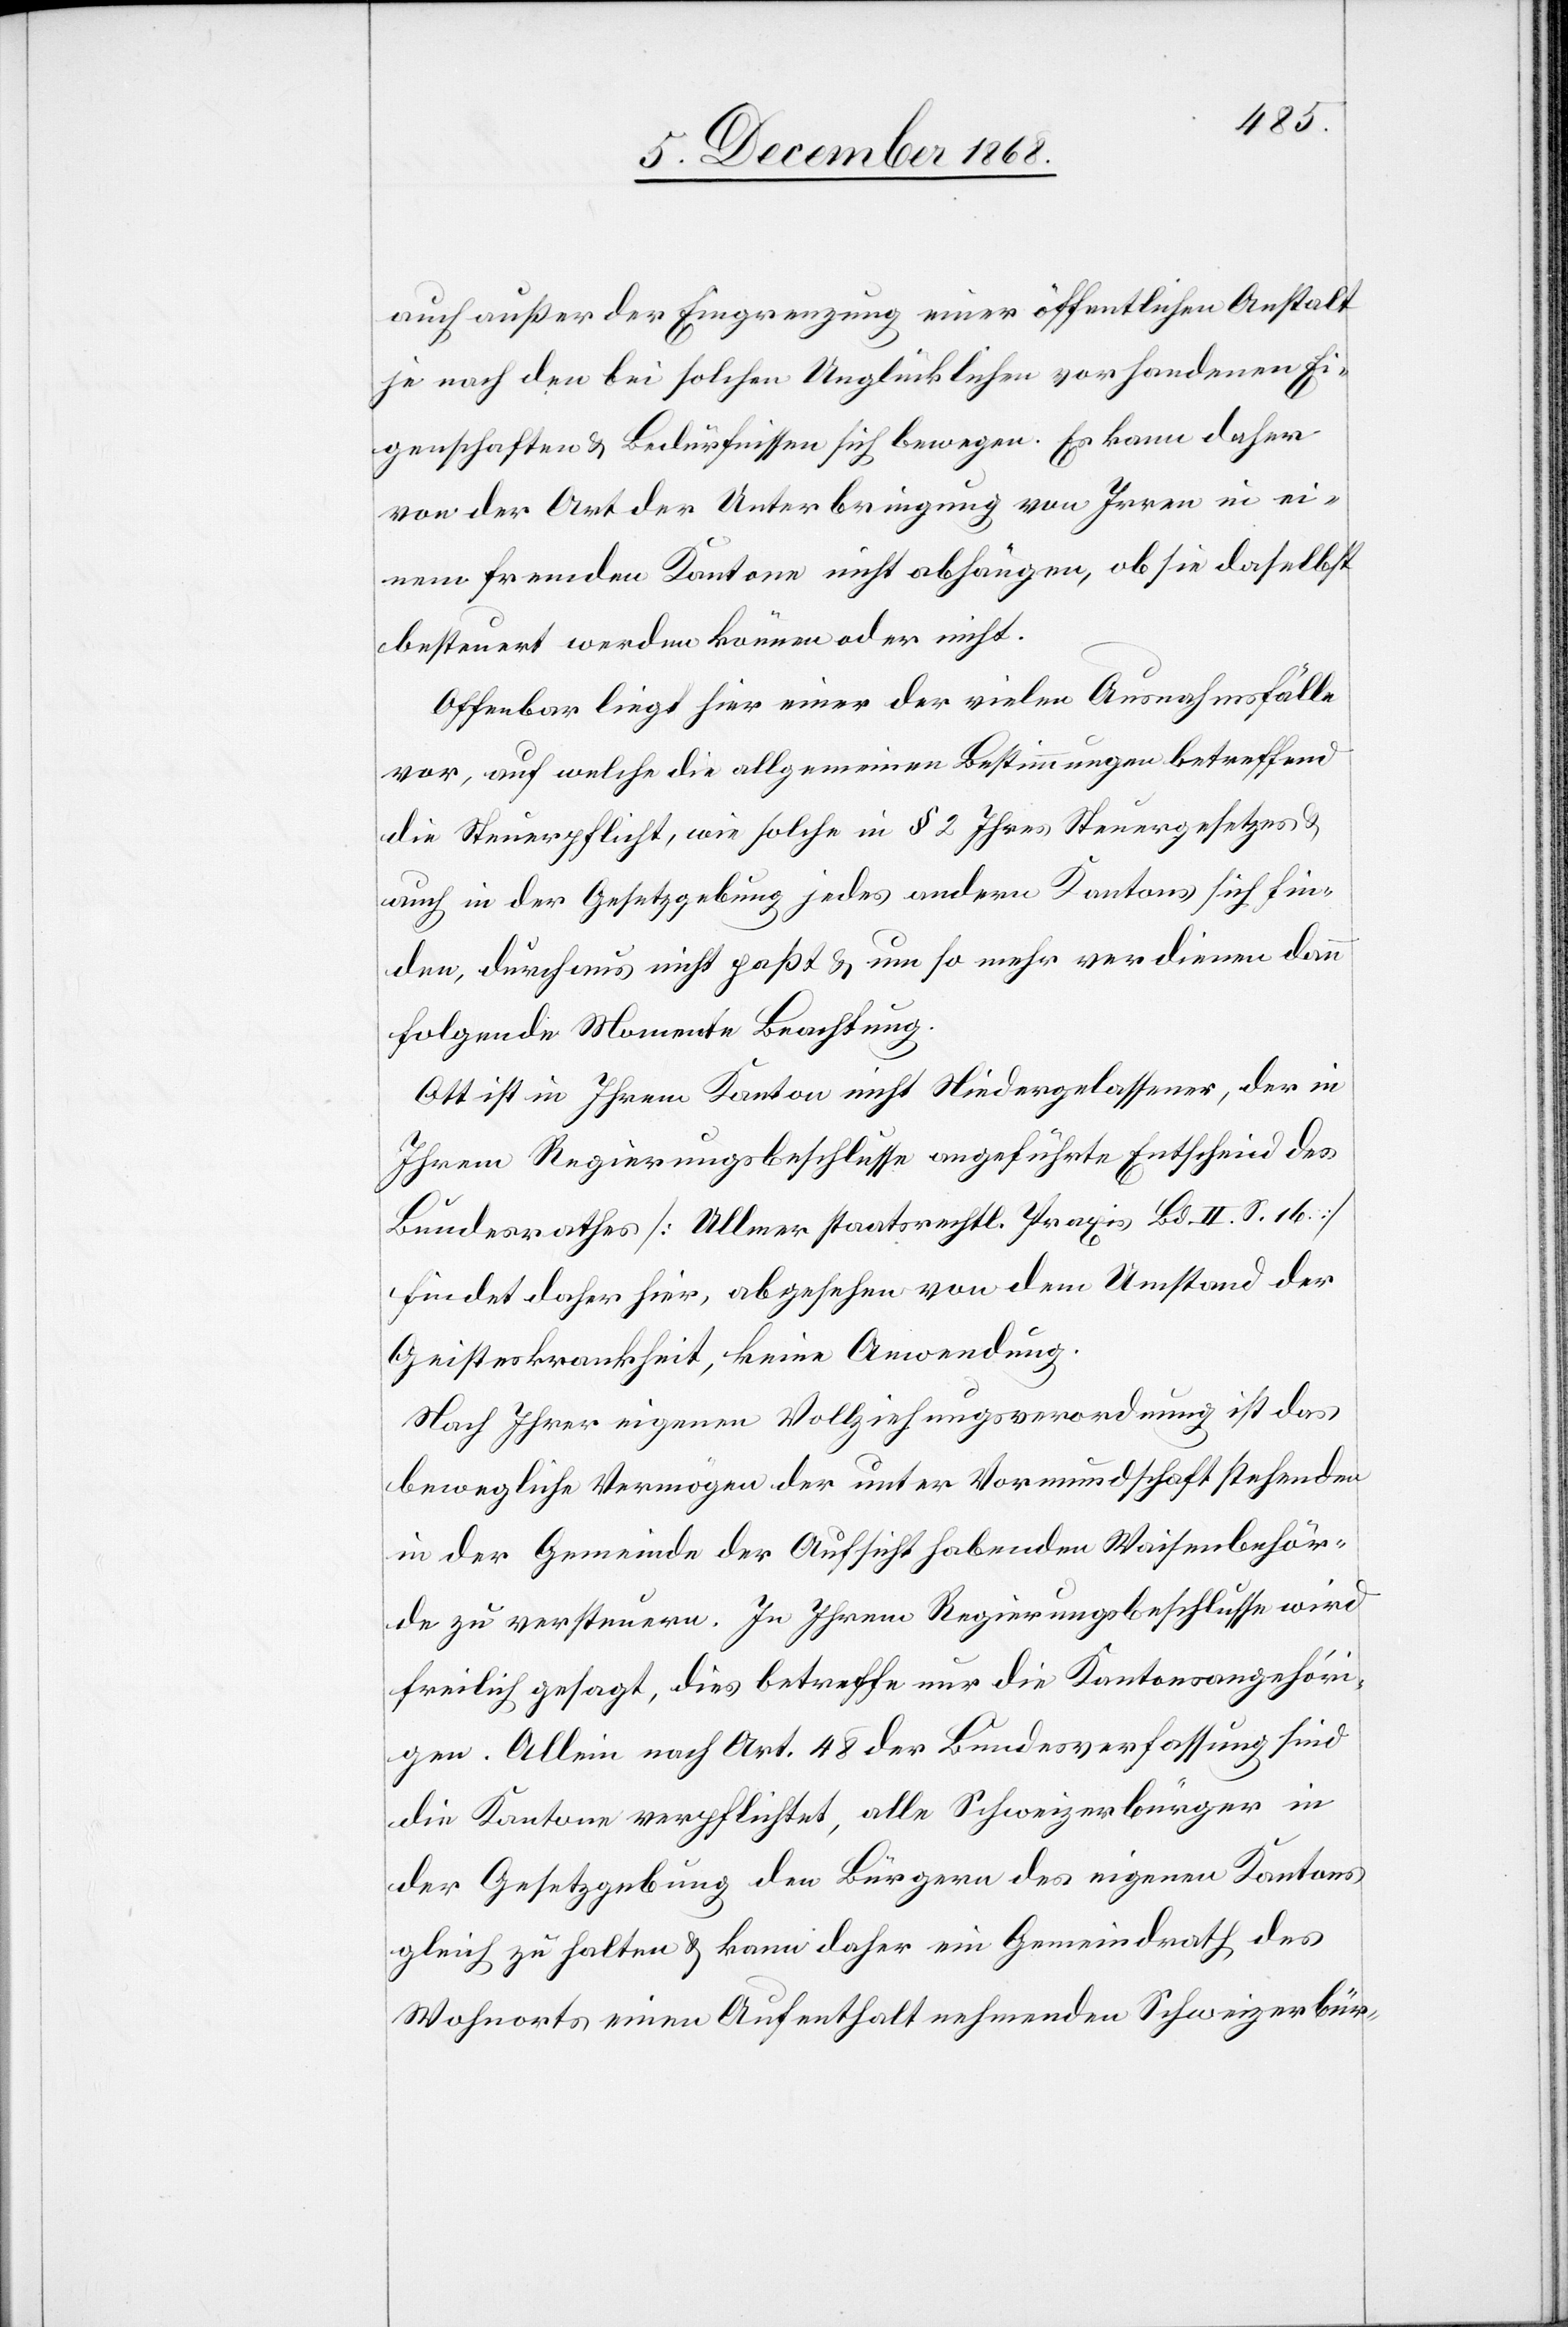
auch außer der Eingrenzung einer öffentlichen Anstalt
je nach den bei solchen Unglücklichen vorhandenen Ei¬
genschaften & Bedürfnissen sich bewegen. Es kann daher
von der Art der Unterbringung von Irren in ei¬
nem fremden Kantone nicht abhängen, ob sie daselbst
besteuert werden können oder nicht.
Offenbar liegt hier einer der vielen Ausnahmsfälle
vor, auf welche die allgemeinen Bestimmungen betreffend
die Steuerpflicht, wie solche in § 2 Ihres Steuergesetzes &
auch in der Gesetzgebung jedes andern Kantons sich fin¬
den, durchaus nicht paßt & um so mehr verdienen dann
folgende Momente Beachtung.
Ott ist in Ihrem Kanton nicht Niedergelassener, der in
Ihrem Regierungsbeschlusse angeführte Entscheid des
Bundesrathes [Ullmer staatsrechtl. Praxis Bd. II. S. 16]
findet daher hier, abgesehen von dem Umstand der
Geisteskrankheit, keine Anwendung.
Nach Ihrer eigenen Vollziehungsverordnung ist das
bewegliche Vermögen der unter Vormundschaft stehenden
in der Gemeinde der Aufsicht habenden Waisenbehör¬
de zu versteuern. In Ihrem Regierungsbeschlusse wird
freilich gesagt, dies betreffe nur die Kantonsangehöri¬
gen. Allein nach Art. 48 der Bundesverfassung sind
die Kantone verpflichtet, alle Schweizerbürger in
der Gesetzgebung den Bürgern des eigenen Kantons
gleich zu halten & kann daher ein Gemeindrath des
Wohnorts einen Aufenthalt nehmenden Schweizerbür-